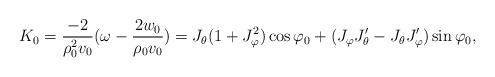
LaTeX: \begin{align*}K_{0}=\frac{-2}{\rho_{0}^{2}v_{0}}(\omega-\frac{2w_{0}}{\rho_{0}v_{0}})=J_{\theta}(1+J_{\varphi}^{2})\cos\varphi_{0}+(J_{\varphi}J_{\theta}^{\prime}-J_{\theta}J_{\varphi}^{\prime})\sin\varphi_{0}, \end{align*}